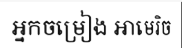
អ្នកចម្រៀង អាមេរិច